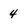
Character: 4